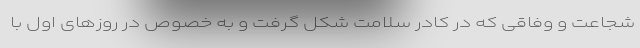
شجاعت و وفاقی که در کادر سلامت شکل گرفت و به خصوص در روزهای اول با